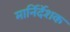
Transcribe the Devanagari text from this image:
मार्निर्देशक